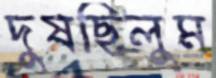
দুষছিলুম